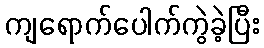
ကျရောက်ပေါက်ကွဲခဲ့ပြီး